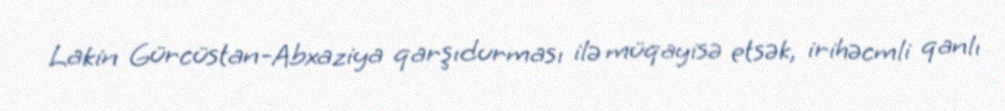
Lakin Gürcüstan-Abxaziya qarşıdurması ilə müqayisə etsək, irihəcmli qanlı